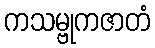
ကသမ္ဗုကဇာတံ